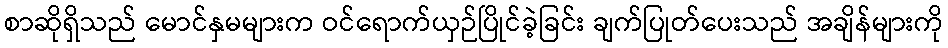
စာဆိုရှိသည် မောင်နှမများက ဝင်ရောက်ယှဉ်ပြိုင်ခဲ့ခြင်း ချက်ပြုတ်ပေးသည် အချိန်များကို